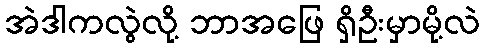
အဲဒါကလွဲလို့ ဘာအဖြေ ရှိဦးမှာမို့လဲ